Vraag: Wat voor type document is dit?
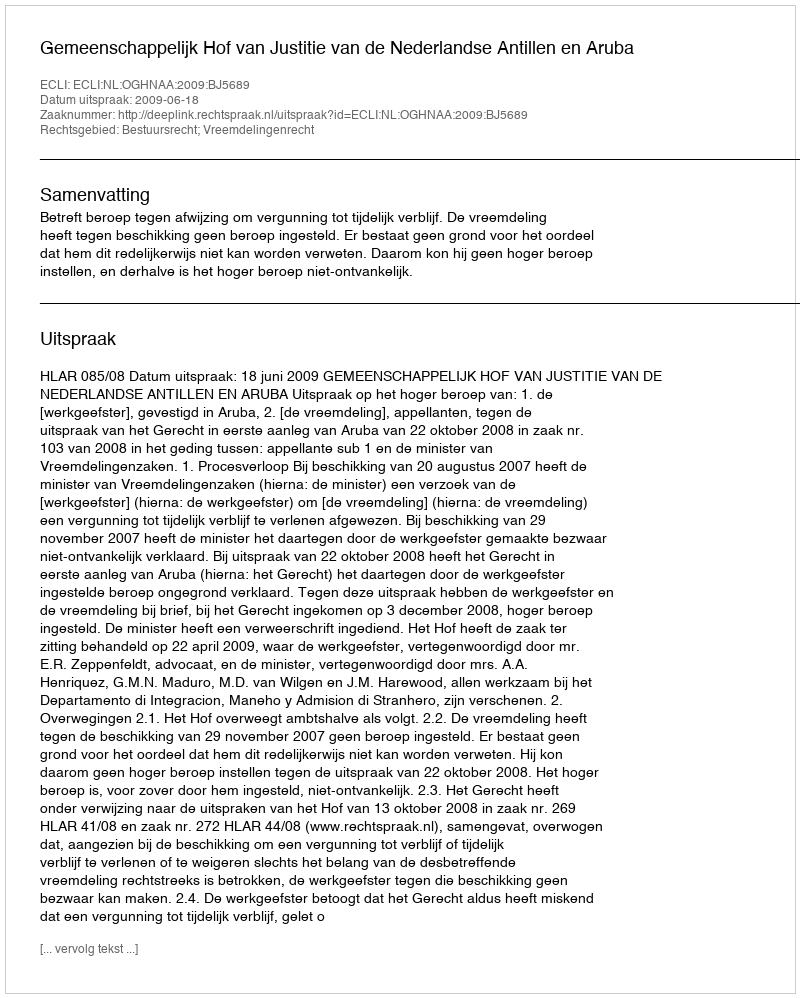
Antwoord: Uitspraak